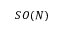
S O ( N )